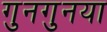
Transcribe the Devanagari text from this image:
गुनगुनया